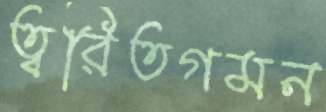
ত্বরিতগমন